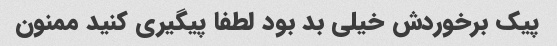
پیک برخوردش خیلی بد بود لطفا پیگیری کنید ممنون